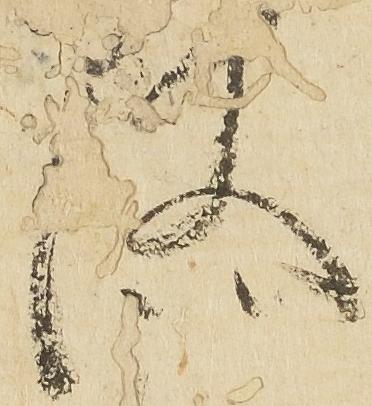
汰